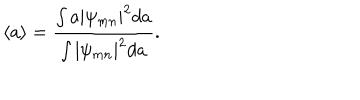
LaTeX: \langle a \rangle = \frac { \int a | \psi _ { m n } | ^ { 2 } d a } { \int | \psi _ { m n } | ^ { 2 } d a } .